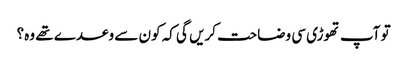
تو آپ تھوڑی سی وضاحت کریں گی کہ کون سے وعدے تھے وہ؟